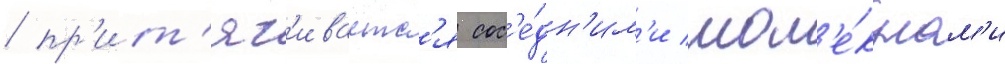
/ пр'ит'яг'иваетс'я сос'е́дн'им'и мол'е́кулам'и